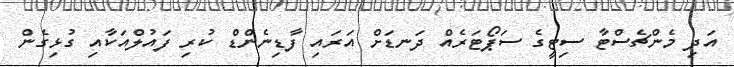
އަދި މެންޗެސްޓާ ސިޓީގެ ސަޕޯޓަރެއް ދަނޑަށް އަރައި ފާޑިނެންޑް ކުރި ފައުލްއަކާއި ގުޅިގެން